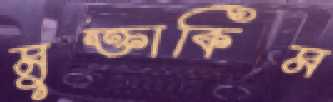
মুক্তাকিম